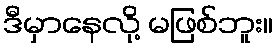
ဒီမှာနေလို့ မဖြစ်ဘူး။